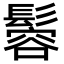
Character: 𩮠